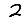
Digit: 2